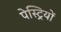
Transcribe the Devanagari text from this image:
पेस्ट्रियों